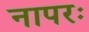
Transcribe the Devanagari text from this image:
नापरः